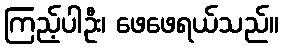
ကြည့်ပါဦး၊ ဖေဖေရယ်သည်။